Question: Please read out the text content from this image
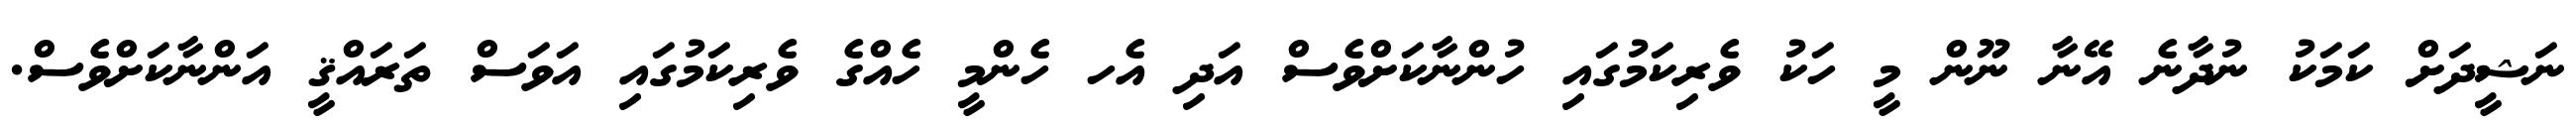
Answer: ނަޝީދަށް ކަމަކު ނުދާނެ އޭނާ ނޫން މީ ހަކު ވެރިކަމުގައި ހުންނާކަށްވެސް އަދި އެހ ހެންމީ ހެއްގެ ވެރިކަމުގައި އަވަސް ތަރައްޤީ އަންނާކަށްވެސް.